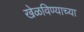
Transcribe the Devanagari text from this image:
खेळविण्याच्या